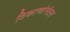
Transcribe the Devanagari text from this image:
ठिकाणांनंतर